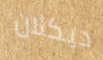
ديكلان